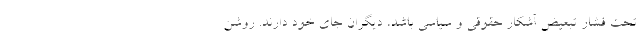
تحت فشار تبعیض آشکار حقوقی و سیاسی باشد، دیگران جای خود دارند. روشن